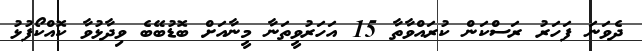
ދެވަނަ ފަހަރު ރަސްކަން ކުރައްވާތާ 15 އަހަރުވީތަނާ މީނާއަށް ބޮޑުބޭބެ ވިދާޅުވާ ކޮއްކޯފުޅު